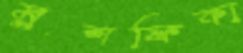
মুশফিকা